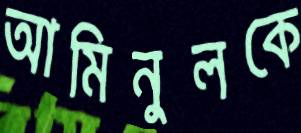
আমিনুলকে